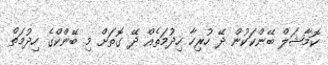
ކޮމާޝަލް ބޭންކަކުން ދޭ ހުރިހާ ހިދުމަތެއް ދޭ ގޮތަށް މި ބޭންކްގެ ހިދުމަތް